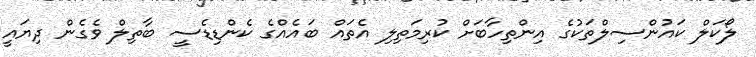
ލޯކަލް ކައުންސިލްތަކުގެ އިންތިހާބަށް ކުރިމަތިލި އެތައް ބައެއްގެ ކެންޑިޑެސީ ބާތިލް ވެގެން ދިޔައީ